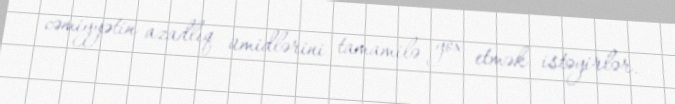
cəmiyyətin azadlıq ümidlərini tamamilə yox etmək istəyirlər.